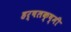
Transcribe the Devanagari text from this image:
हर्षलक्ष्मी